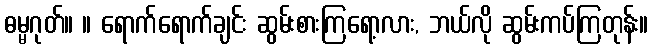
ဓမ္မဂုတ်။ ။ ရောက်ရောက်ချင်း ဆွမ်းစားကြရော့လား, ဘယ်လို ဆွမ်းကပ်ကြတုန်း။